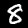
Label: 8